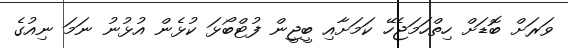
ވަރަށް ބޮޑަށް ހިތްހަމަޖެހޭ ކަމަށާއި ބީޖީން ފުޓްބޯޅަ ކުޅެން އުޅުނު ނަމަ ނިއުގެ